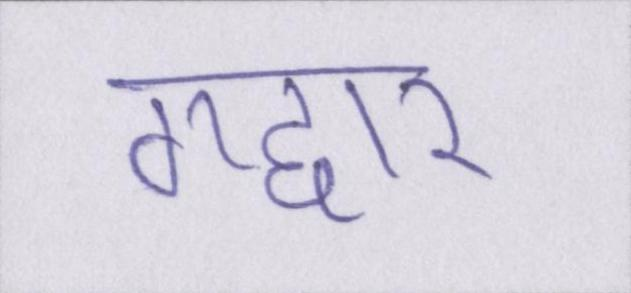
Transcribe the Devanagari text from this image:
गद्दार